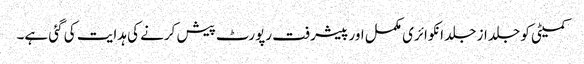
کمیٹی کو جلد از جلد انکوائری مکمل اور پیشرفت رپورٹ پیش کرنے کی ہدایت کی گئی ہے۔